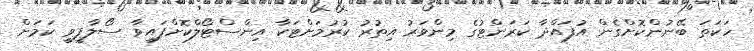
ހަކަތަ ބޭނުންކޮށްގެން އުފައްދާ ކަރަންޓުގެ މިންވަރު އިތުރު ކުރުމަށްޓަކާ އިންސްޓޯލްކޮށްފައިވާ ސޯލާޕީވީ ކަމަށް